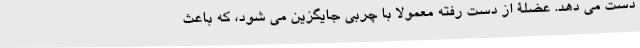
دست می دهد. عضلۀ از دست رفته معمولاً با چربی جایگزین می شود، که باعث